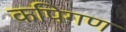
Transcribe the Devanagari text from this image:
कपिगण